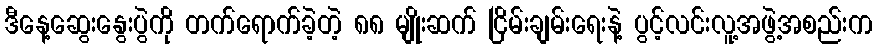
ဒီနေ့ဆွေးနွေးပွဲကို တက်ရောက်ခဲ့တဲ့ ၈၈ မျိုးဆက် ငြိမ်းချမ်းရေးနဲ့ ပွင့်လင်းလူ့အဖွဲ့အစည်းက